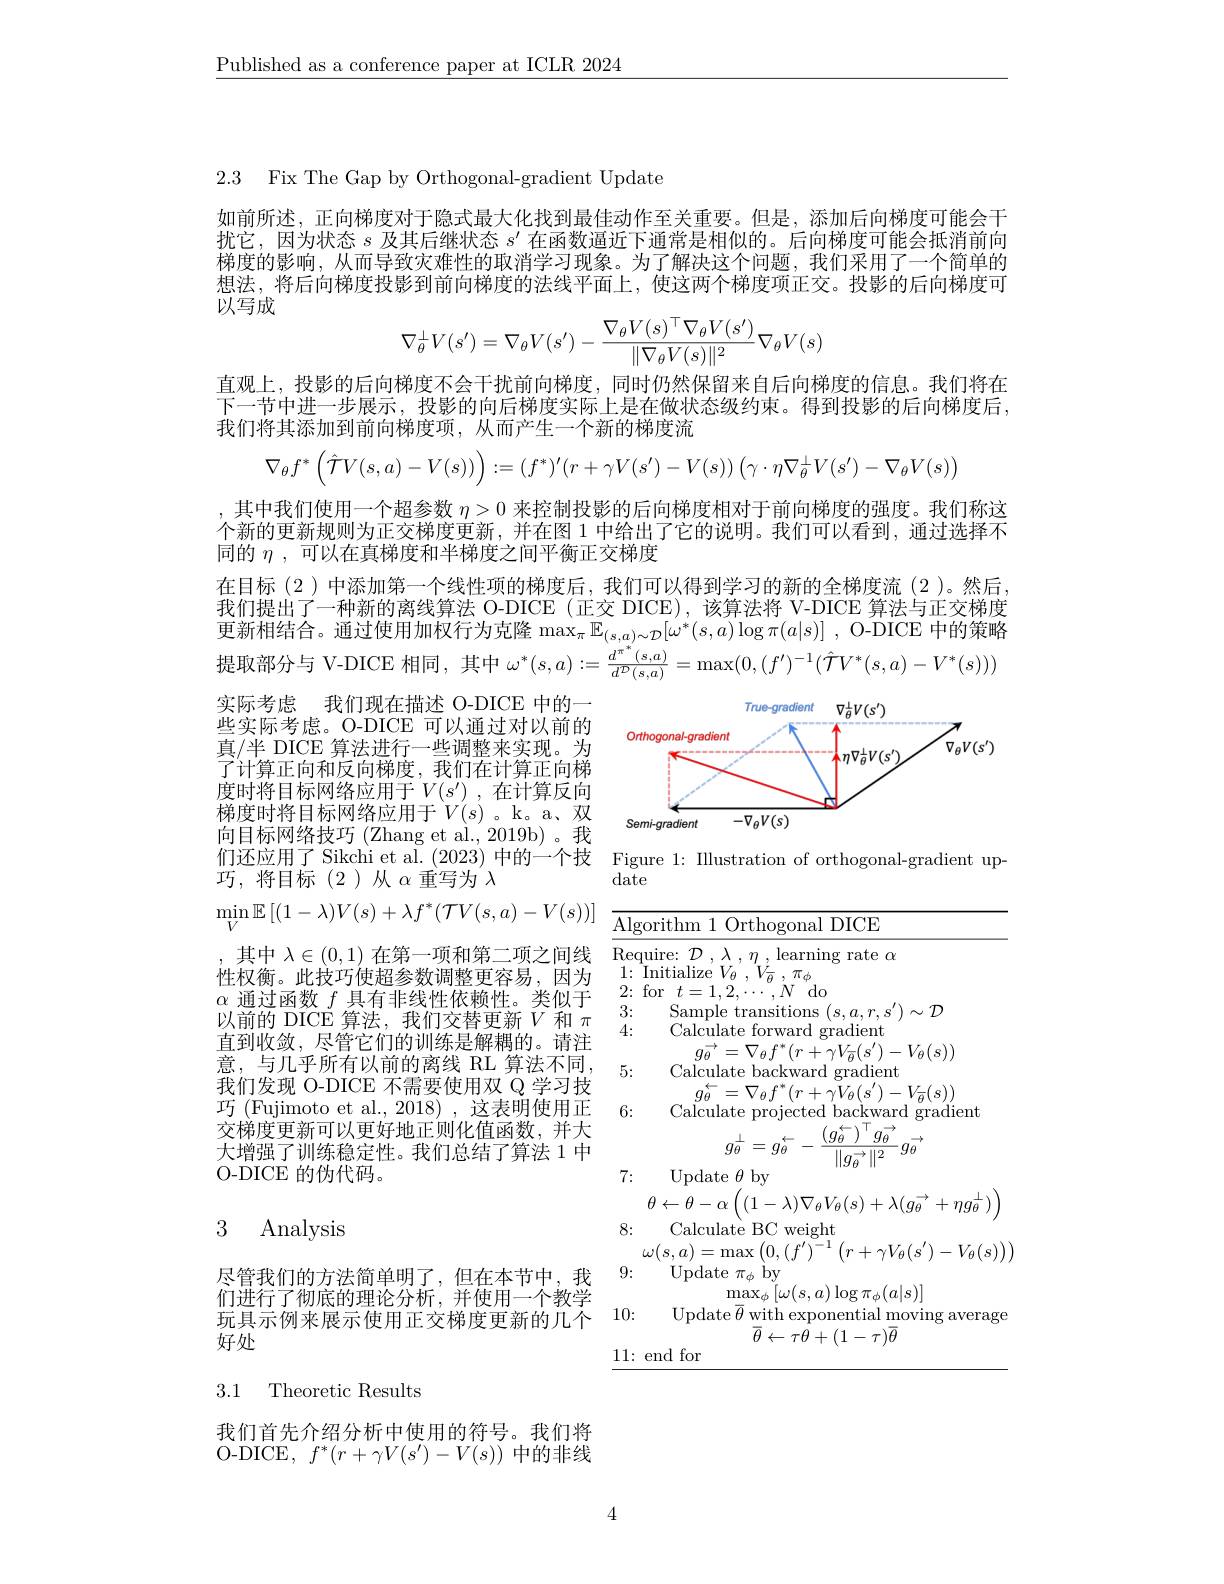
$\underline{\text{Published as a conference paper at ICLR 2024}}$

2.3 Fix The Gap by Orthogonal-gradient Update

如前所述，正向梯度对于隐式最大化找到最佳动作至关重要。但是，添加后向梯度可能会干扰它，因为状态$s$及其后继状态$s^\prime$在函数逼近下通常是相似的。后向梯度可能会抵消前向梯度的影响，从而导致灾难性的取消学习现象。为了解决这个问题，我们采用了一个简单的想法，将后向梯度投影到前向梯度的法线平面上，使这两个梯度项正交。投影的后向梯度可以写成
$$\nabla_\theta^\perp V(s')=\nabla_\theta V(s')-\frac{\nabla_\theta V(s)^\top\nabla_\theta V(s')}{\|\nabla_\theta V(s)\|^2}\nabla_\theta V(s)$$
直观上，投影的后向梯度不会干扰前向梯度，同时仍然保留来自后向梯度的信息。我们将在下一节中进一步展示，投影的向后梯度实际上是在做状态级约束。得到投影的后向梯度后， 我们将其添加到前向梯度项，从而产生一个新的梯度流
$$\nabla_\theta f^*\left(\hat{\mathcal{T}}V(s,a)-V(s))\right):=(f^*)'(r+\gamma V(s')-V(s))\left(\gamma\cdot\eta\nabla_\theta^\perp V(s')-\nabla_\theta V(s)\right)$$
,其中我们使用一个超参数$\eta>0$来控制投影的后向梯度相对于前向梯度的强度。我们称这个新的更新规则为正交梯度更新，并在图 1 中给出了它的说明。我们可以看到，通过选择不同的$\eta$,可以在真梯度和半梯度之间平衡正交梯度

在目标(2)中添加第一个线性项的梯度后，我们可以得到学习的新的全梯度流(2)。然后， 我们提出了一种新的离线算法 O-DICE (正交 DICE),该算法将 V-DICE 算法与正交梯度更新相结合。通过使用加权行为克隆 $\max _{\pi }\mathbb{E} _{( s, a) \sim \mathcal{D} }[ \omega ^* ( s, a) \log \pi ( a| s) ]$ , O- DICE 中的策略是取部分与 V-DICE 相同，其中 $\omega^*(s,a):=\frac{d^{\pi^*}(s,a)}{d^{\mathcal{D}}(s,a)}=\max(0,(f^{\prime})^{-1}(\hat{\mathcal{T}}V^*(s,a)-V^*(s)))$

<FigureHere>

们还应用了Sikchi et al.(2023) 中的一个技 Figure 1: Illustration of orthogonal-gradient up-
date

实际考虑 我们现在描述 O-DICE 中的一些实际考虑。O-DICE 可以通过对以前的真/半 DICE 算法进行一些调整来实现。为了计算正向和反向梯度，我们在计算正向梯$\begin{array}{ll}\text{度时将目标网络应用于}V(s^{\prime})&,\text{在计算反向}\\\text{梯度时将目标网络应用于}V(s)&\text{。k。a、双}\end{array}$ 向目标网络技巧 (Zhang et al., 2019b)。我巧，将目标(2)从$\alpha$重写为$\lambda$
$\operatorname* { min} _V\mathbb{E} \left [ ( 1- \lambda ) V( s) + \lambda f^* ( \mathcal{T} V( s, a) - V( s) ) \right ]$ $\underline {\text{Algorithm }1\text{ Orthogonal DICE}}$ ,其中$\lambda\in(0,1)$在第一项和第二项之间线 Require: $\mathcal{D},\lambda,\eta$,learning rate $\alpha$ $\begin{array}{lll}{\text{性权衡。此技巧使超参数调整更容易，因为}}&{1:\mathrm{~Initialize~}V_{\theta}^{\prime},V_{\overline{\theta}}^{\prime},\pi_{\phi}}\\{\alpha\text{ 通讨函数 }f\text{ 具有非线性依赖性。类似干}}&{2:\mathrm{~for~}t=1,2,\cdots,N\mathrm{~do}}\end{array}$
$\alpha$通过函数$f$具有非线性依赖性。类似于以前的 DICE 算法，我们交替更新$V$和$\pi$ 直到收敛，尽管它们的训练是解耦的。请注意，与几乎所有以前的离线 RL 算法不同， 我们发现 O-DICE 不需要使用双 Q 学习技巧 (Fujimoto et al., 2018) ,这表明使用正交梯度更新可以更好地正则化值函数，并大大增强了训练稳定性。我们总结了算法 1 中O-DICE 的伪代码。

3:
$\begin{array}{l}\text{Sample transitions }(s,a,r,s^{\prime})\sim\mathcal{D}\\\text{Calculate forward gradient}\end{array}$
4:
$g_{\theta}\stackrel{\rightarrow}{=}\nabla_{\theta}f^{\ast}(r+\gamma V_{\overline{\theta}}(s^{\prime})-V_{\theta}(s))$
5:
Calculate backward gradient
$\begin{array}{c}g_{\theta}^{\leftarrow}=\nabla_{\theta}f^{*}(r+\bar{\gamma V}_{\theta}(s^{\prime})-V_{\overline{\theta}}(s))\\\text{Calculate projected backward gradient}\end{array}$
6:
$$g_{\theta}^{\perp}=g_{\theta}^{\leftarrow}-\frac{(g_{\theta}^{\leftarrow})^{\top}g_{\theta}^{\rightarrow}}{\|g_{\theta}^{\rightarrow}\|^{2}}g_{\theta}^{\rightarrow}$$
7:
${\mathrm{Update~}\theta}$by
$$\theta\leftarrow\theta-\alpha\left((1-\lambda)\nabla_{\theta}V_{\theta}(s)+\lambda(g_{\theta}^{\rightarrow}+\eta g_{\theta}^{\perp})\right)$$
Calculate BC weight
8:
$\omega(s,a)=\operatorname*{max}\left(0,\left(f^{\prime}\right)^{-1}\left(r+\gamma V_{\theta}(s^{\prime})-V_{\theta}(s)\right)\right)$
9:
$\begin{array}{c}{\mathrm{Update~\pi_{\phi}~by}}\\{\mathrm{max_{\phi}}\left[\omega(s,a)\log\pi_{\phi}(a|s)\right]}\\{\mathrm{max_{\phi}}\left[\omega(s,a)\log\pi_{\phi}(a|s)\right]}\end{array}$
10:
Update $\overline{\theta}$ with exponential moving average
$\bar{\theta}\leftarrow\tau\tilde{\theta}+(1-\tau)\bar{\theta}$
11:end for

# 3 Analysis

尽管我们的方法简单明了，但在本节中，我们进行了彻底的理论分析，并使用一个教学玩具示例来展示使用正交梯度更新的几个好处

3.1 Theoretic Results

我们首先介绍分析中使用的符号。我们将O-DICE, $f^*(r+\gamma V(s^{\prime})-V(s))$中的非线

4